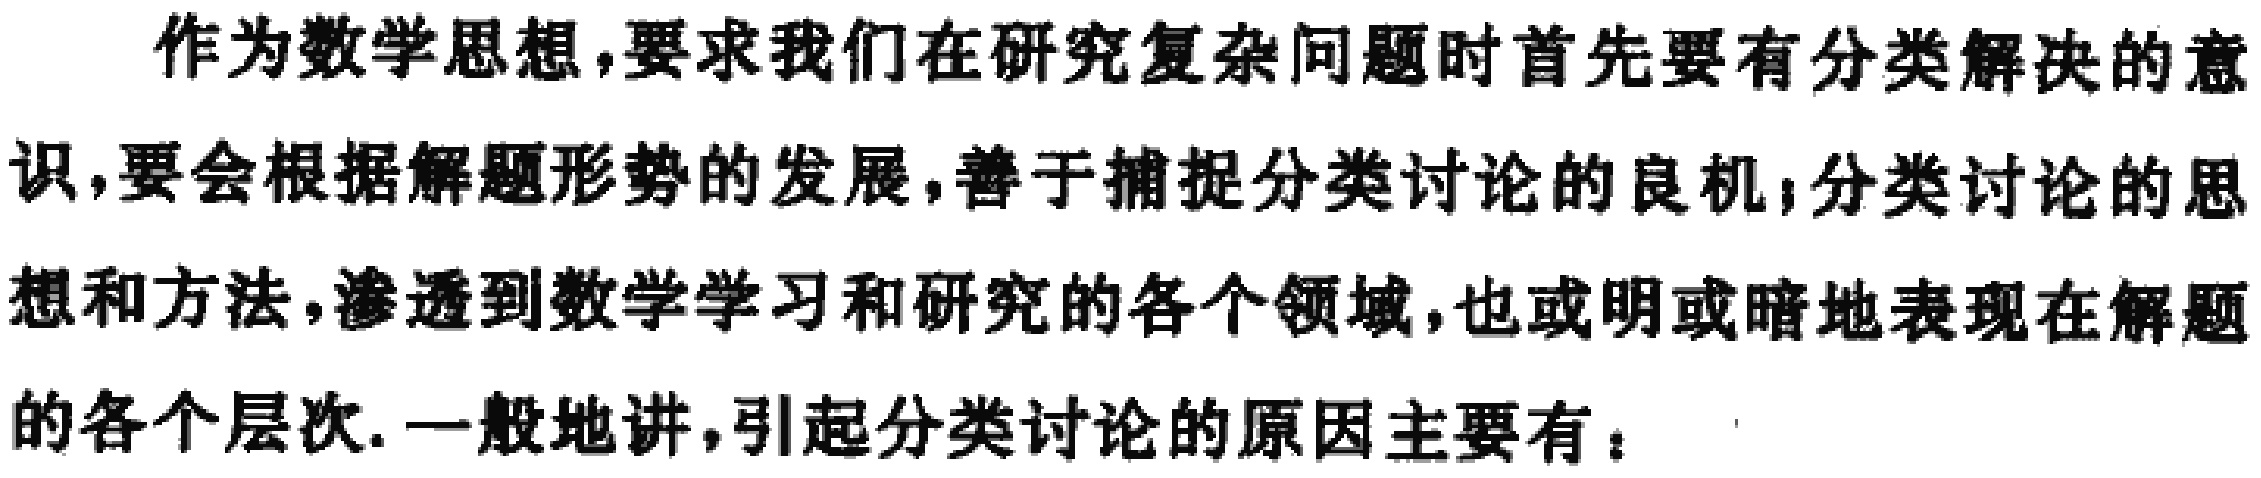
作为数学思想,要求我们在研究复杂问题时首先要有分类解决的意识,要会根据解题形势的发展,善于捕捉分类讨论的良机;分类讨论的思想和方法,渗透到数学学习和研究的各个领域,也或明或暗地表现在解题的各个层次. 一般地讲,引起分类讨论的原因主要有：